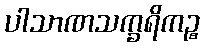
ပါသာဏသက္ခရိကဉ္စ